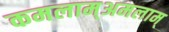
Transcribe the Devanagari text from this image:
कमलाम्अमलाम्